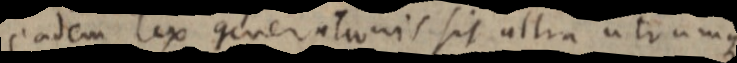
eadem lex generationis sit ultra utrumque